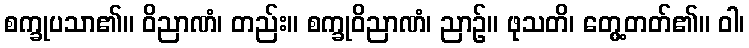
စက္ခုပသာ၏။ ဝိညာဏံ၊ တည်း။ စက္ခုဝိညာဏံ၊ ညာဉ်။ ဖုသတိ၊ တွေ့တတ်၏။ ဝါ၊